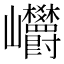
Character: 㠨